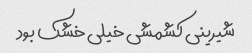
شیرینی کشمشی خیلی خشک بود